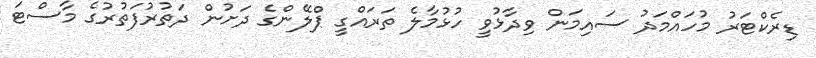
ޑިރެކްޓަރު މުހައްމަދު ސައިމަން ވިދާޅުވީ ހުޅުމާލެ ތަރައްގީ ޕްލޭންގެ ދަށުން ދަތުރުފަތުރުގެ މާސްޓަ